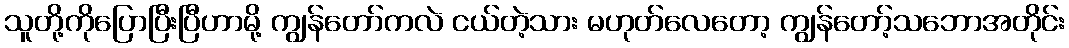
သူတို့ကိုပြောပြီးပြီဟာမို့ ကျွန်တော်ကလဲ ငယ်တဲ့သား မဟုတ်လေတော့ ကျွန်တော့်သဘောအတိုင်း